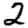
Digit: 2